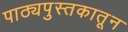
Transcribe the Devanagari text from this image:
पाठ्यपुस्तकातून